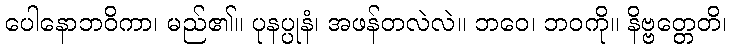
ပေါနောဘဝိကာ၊ မည်၏။ ပုနပ္ပုနံ၊ အဖန်တလဲလဲ။ ဘဝေ၊ ဘဝကို။ နိဗ္ဗတ္တေတိ၊